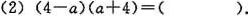
(2)$$( 4 - a ) ( a + 4 ) = ( )$$